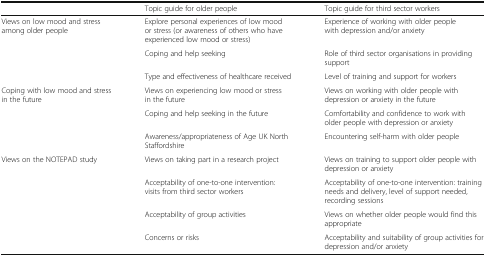
|  | Topic guide for older people | Topic guide for third sector workers |
 | --- | --- | --- |
 | <ROWSPAN=3> Views on low mood and stress among older people | Explore personal experiences of low mood or stress (or awareness of others who have experienced low mood or stress) | Experience of working with older people with depression and/or anxiety |
 | Coping and help seeking | Role of third sector organisations in providing support |
 | Type and effectiveness of healthcare received | Level of training and support for workers |
 | <ROWSPAN=3> Coping with low mood and stress in the future | Views on experiencing low mood or stress in the future | Views on working with older people with depression or anxiety in the future |
 | Coping and help seeking in the future | Comfortability and confidence to work with older people with depression or anxiety |
 | Awareness/appropriateness of Age UK North Staffordshire | Encountering self-harm with older people |
 | <ROWSPAN=4> Views on the NOTEPAD study | Views on taking part in a research project | Views on training to support older people with depression or anxiety |
 | Acceptability of one-to-one intervention: visits from third sector workers | Acceptability of one-to-one intervention: training needs and delivery, level of support needed, recording sessions |
 | Acceptability of group activities | Views on whether older people would find this appropriate |
 | Concerns or risks | Acceptability and suitability of group activities for depression and/or anxiety |